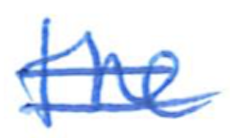
Text: the
Cross-out: double-line
Writing tool: ballpoint